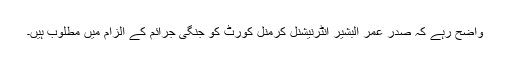
واضح رہے کہ صدر عمر البشیر انٹرنیشنل کرمنل کورٹ کو جنگی جرائم کے الزام میں مطلوب ہیں۔